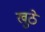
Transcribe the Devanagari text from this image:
खुठे